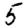
Digit: 5